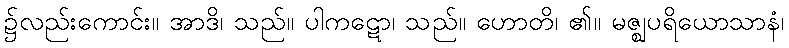
၌လည်းကောင်း။ အာဒိ၊ သည်။ ပါကဋော၊ သည်။ ဟောတိ၊ ၏။ မဇ္ဈပရိယောသာနံ၊